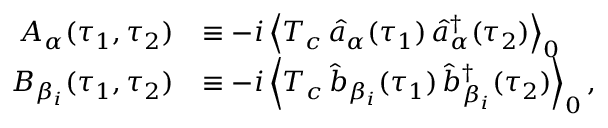
\begin{array} { r l } { A _ { \alpha } ( \tau _ { 1 } , \tau _ { 2 } ) } & { \equiv - i \left\langle T _ { c } \, \hat { a } _ { \alpha } ( \tau _ { 1 } ) \, \hat { a } _ { \alpha } ^ { \dagger } ( \tau _ { 2 } ) \right\rangle _ { 0 } } \\ { B _ { \beta _ { i } } ( \tau _ { 1 } , \tau _ { 2 } ) } & { \equiv - i \left\langle T _ { c } \, \hat { b } _ { \beta _ { i } } ( \tau _ { 1 } ) \, \hat { b } _ { \beta _ { i } } ^ { \dagger } ( \tau _ { 2 } ) \right\rangle _ { 0 } , } \end{array}